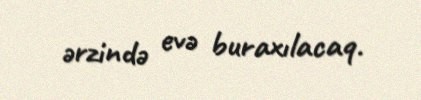
ərzində evə buraxılacaq.